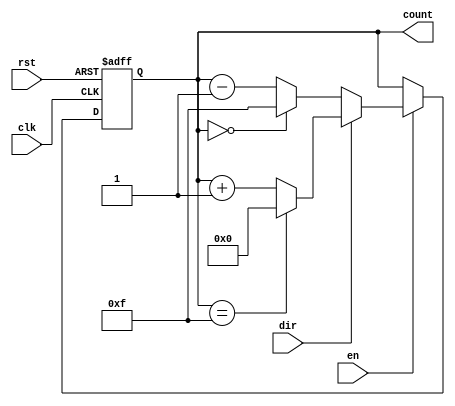
module multi_bit_counter #(
    parameter WIDTH = 4,            // Number of bits in the counter
    parameter MIN_VALUE = 0,        // Minimum count value
    parameter MAX_VALUE = (1 << WIDTH) - 1 // Maximum count value (2^WIDTH - 1)
)(
    input wire clk,                 // Clock signal
    input wire rst,                 // Reset signal (active high)
    input wire en,                  // Enable signal
    input wire dir,                 // Direction signal (1 for up, 0 for down)
    output reg [WIDTH-1:0] count    // Current count value
);

    // Initial value of the counter
    initial begin
        count = MIN_VALUE;
    end

    // Synchronous reset and counting logic
    always @(posedge clk or posedge rst) begin
        if (rst) begin
            count <= MIN_VALUE; // Reset to minimum value
        end else if (en) begin
            if (dir) begin
                // Up counting
                if (count == MAX_VALUE) begin
                    count <= MIN_VALUE; // Wrap around to minimum
                end else begin
                    count <= count + 1; // Increment count
                end
            end else begin
                // Down counting
                if (count == MIN_VALUE) begin
                    count <= MAX_VALUE; // Wrap around to maximum
                end else begin
                    count <= count - 1; // Decrement count
                end
            end
        end
    end

endmodule